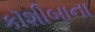
કૉશીબાના